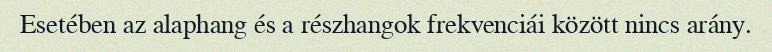
Esetében az alaphang és a részhangok frekvenciái között nincs arány.